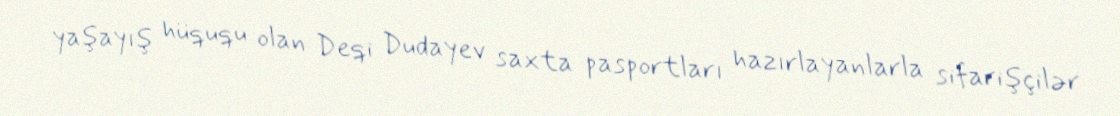
yaşayış hüququ olan Deqi Dudayev saxta pasportları hazırlayanlarla sifarişçilər